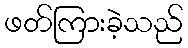
ဖတ်ကြားခဲ့သည်